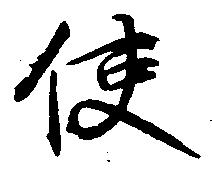
使